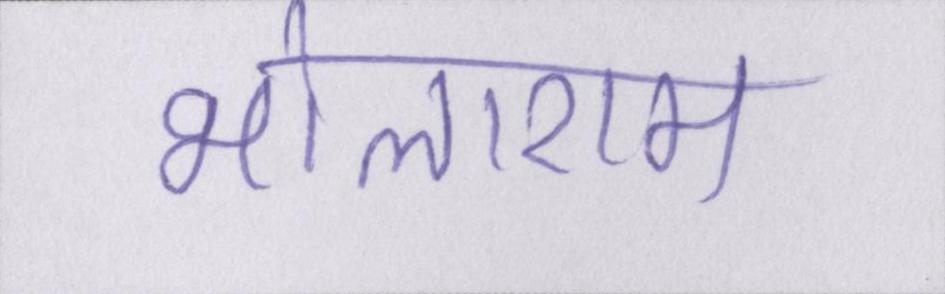
भोलाराम